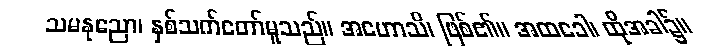
သမနုညော၊ နှစ်သက်တော်မူသည်။ အဟောသိ၊ ဖြစ်၏။ အထခေါ၊ ထိုအခါ၌။